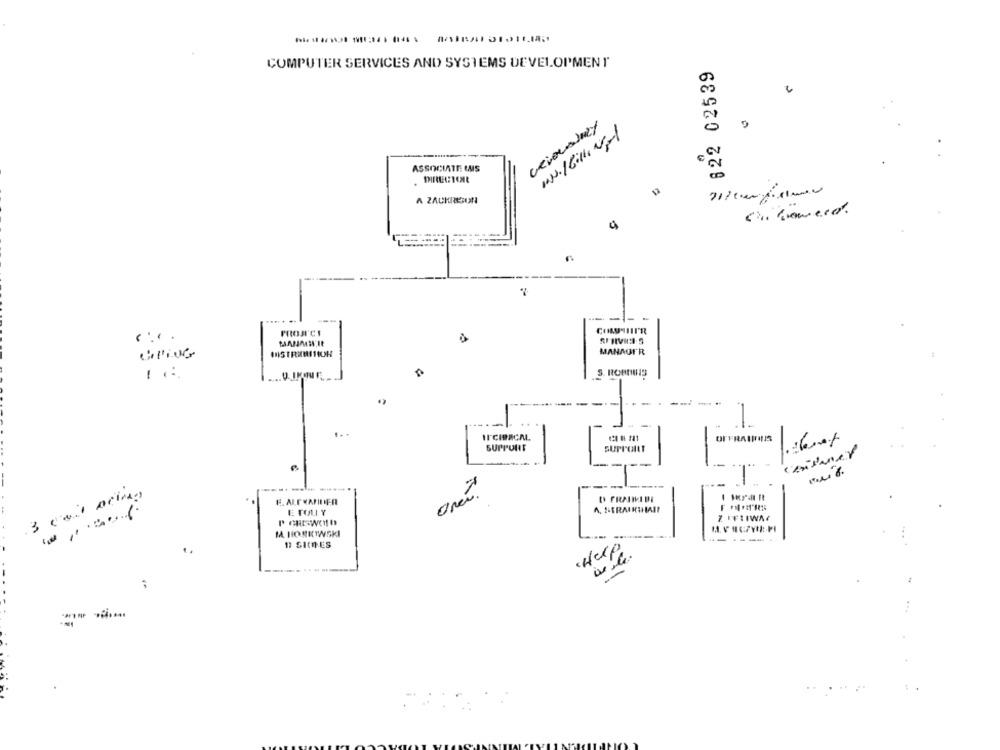
COMPUTER SERVICES AND SYSTEMS DEVELOPMENT
822 02539
ASSOCIATE LAIS
A ZACHIRON
PROAC!
HANIMWIE
DISTRIMITIOH
MANAGER
-
S. ROBUNNS
-
SUPPORT
SUPPORT
oneí.
3 cuil acima
E. ALEXANDER
LE TOLL Y
Z IFTIWAY
MA HO NICTWSKI
-
----
17 SICHES
...